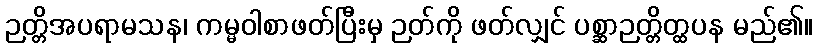
ဉတ္တိအပရာမသန၊ ကမ္မဝါစာဖတ်ပြီးမှ ဉတ်ကို ဖတ်လျှင် ပစ္ဆာဉတ္တိတ္ထပန မည်၏။